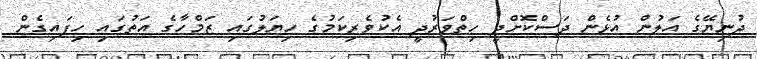
ދުނިޔޭގެ އަލުން އުޅެން ދަސްކޮށްދީ ހިތްވަރުދީ އެކުވެރިކަމުގެ ހިޔަލުގައި ޒަމްހާގެ އަތުގައި ހިފައިގެން